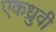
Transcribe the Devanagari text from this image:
एकध्रुवी